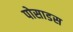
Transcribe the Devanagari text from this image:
पोसाडस